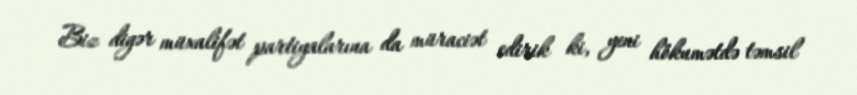
Biz digər müxalifət partiyalarına da müraciət edirik ki, yeni hökumətdə təmsil